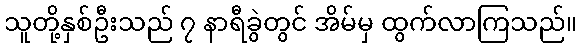
သူတို့နှစ်ဦးသည် ၇ နာရီခွဲတွင် အိမ်မှ ထွက်လာကြသည်။